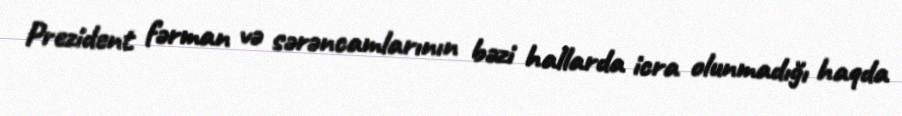
Prezident fərman və sərəncamlarının bəzi hallarda icra olunmadığı haqda